Indian Medical Review
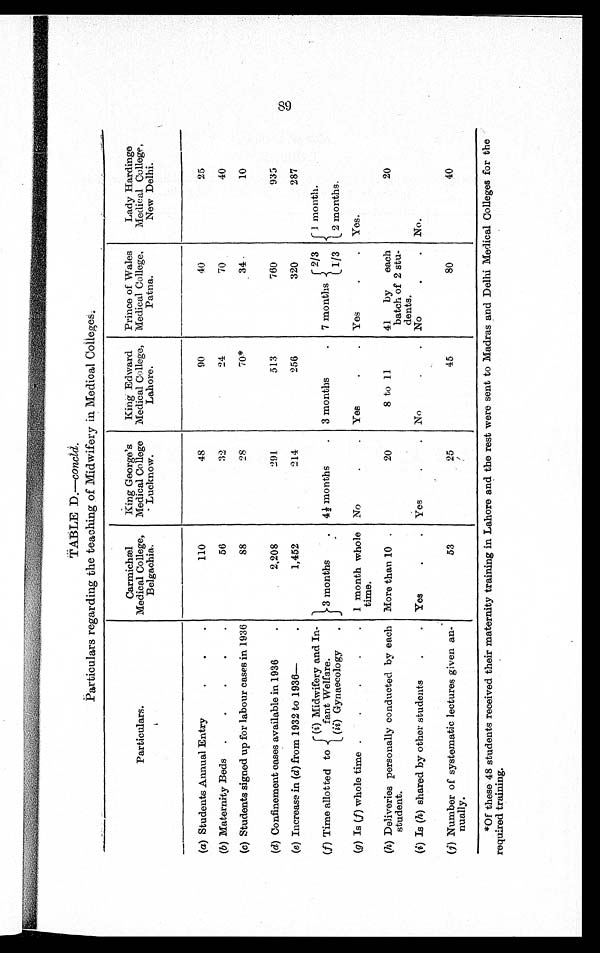
TABLE D.—concld .
Particulars regarding the teaching of Midwifery in Medical Colleges.
Particulars.
Carmichael
Medical College,
Belgachia.
King George's
Medical College
Lucknow.
King Edward
Medical College,
Lahore.
Prince of Wales
Medical College,
Patna.
Lady Hardinge
Medical College,
New Delhi.
(a) Students Annual Entry.
. .
110
48
90
40
25
(b) Maternity Beds .
.
.
.
.
56
32
24
70
40
(c) Students signed up for labour cases in 1936
88
28
70*
34
10
(d) Confinement cases available in 1936
2,208
291
513
760
935
(s) Increase in (d) from 1932 to 1936-
1,452
214
256
320
287
(f) Time allotted to
(i) Midwifery and In-
fant Welfare.
3 months
. 4 1/2 months . 3 months
. 7 months 2/3
1 month.
(ii) Gynaecology
.
1/3
2 months.
(g) Is (f) whole time .
.
.
.
. 1 month whole
time.
No
.
. Yes
.
. Yes
.
. Yes.
(h) Deliveries personally conducted by each
student.
More than 10 .
20
8 to 11
41 by each
batch of 2 stu-
dents.
20
(i) Is (h) shared by other students
.
. Yes
.
. Yes
.
. No
.
. No
.
. No.
(j) Number of systematic lectures given an-
nually.
53
25
45
80
40
89
* *Of these 48 students received their maternity training in Lahore and the rest were sent to Madras and Delhi Medical Colleges for the
required training.